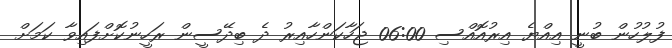
ފުލުހުން ބުނީ އިއްޔެ އިރުއޮއްސި 06:00 ޖަހާކަންހާއިރު ދެ ބިދޭސީން ރަހީނުކޮށްފައިވާ ކަމަށް